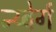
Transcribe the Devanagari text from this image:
न्य्बेर्ग